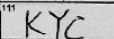
Transcription: KYC